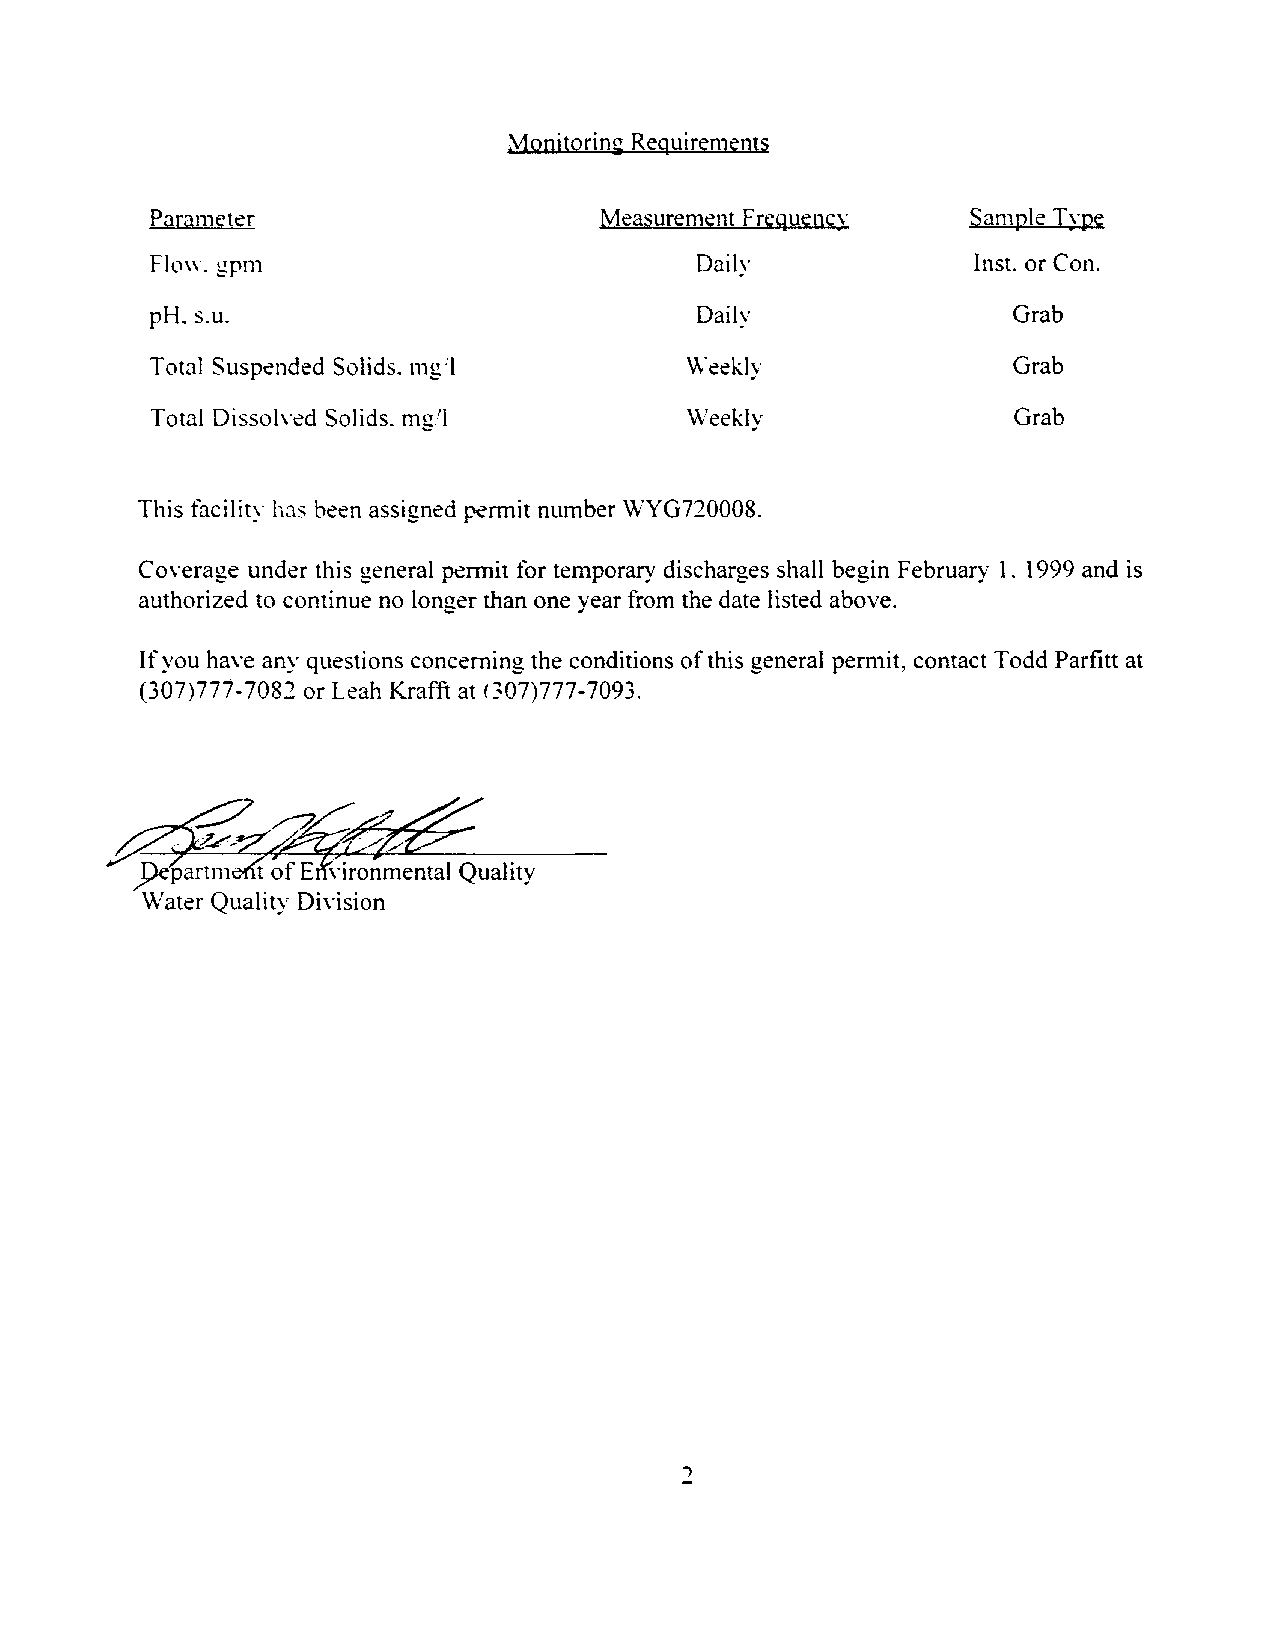
Monitorin~ Requirements
 Paranlet~r                    Measurement FreQu~nc\"  Sample Type
 Flow. gpnl                          Daily              Inst. or Con.
 pH. s.u.                            Daily                Grab
 Total Susp~nded Solids. Ing:1       \\'eekly             Grab
 Total Dissolyed Solids. mg.'1       Weekly               Grab
 This facility has b~~n assigned permit number WYG720008.
 Coverage under this general pennit for temporary discharges shall begin February 1. 1999 and is
 authorized to continue no longer than one year from the date listed above.
 If you have any questions concerning the conditions of this general permit, contact Todd Parfitt at
 (307)777-7082 or Leah Krafft at (307)777-7093.
 ~~
 j)epartnl t of E yironmental Quality
 Water Quality Division